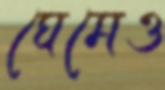
ঘেমেও